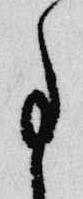
事